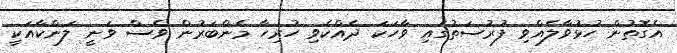
އެގޮތުން ހުޅުވާލެއްވި ފުރުސަތުގައި ވާހަކަ ދެއްކެވި ހުރިހާ މެންބަރުން ވެސް ވަނީ ލަންކާއަކީ